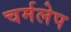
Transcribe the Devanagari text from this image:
चर्मलेप